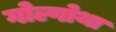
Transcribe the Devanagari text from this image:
गोल्गोथा